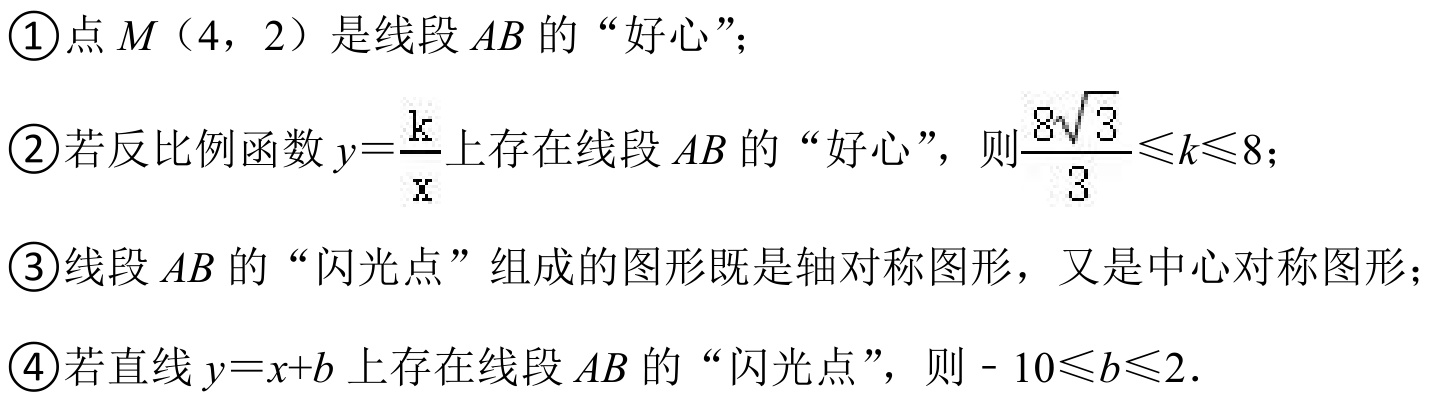
\textcircled{1}点\(M\)（\(4\)，\(2\)）是线段\(AB\)的“好心”；
\textcircled{2}若反比例函数\(y = \frac{k}{x}\)上存在线段\(AB\)的“好心”，则\(\frac{8\sqrt{3}}{3} \leq k \leq 8\)；
\textcircled{3}线段\(AB\)的“闪光点”组成的图形既是轴对称图形，又是中心对称图形；
\textcircled{4}若直线\(y = x + b\)上存在线段\(AB\)的“闪光点”，则\(-10 \leq b \leq 2\)．